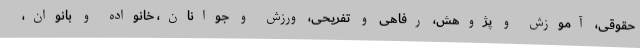
حقوقی، آموزش و پژوهش، رفاهی و تفریحی، ورزش و جوانان، خانواده و بانوان،